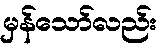
မှန်သော်လည်း